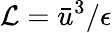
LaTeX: \mathcal{L}=\bar{u}^{3}/\epsilon